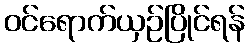
ဝင်ရောက်ယှဉ်ပြိုင်ရန်